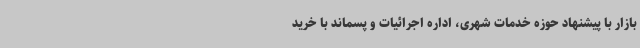
بازار با پیشنهاد حوزه خدمات شهری، اداره اجرائیات و پسماند با خرید